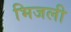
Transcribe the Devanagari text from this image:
भिजली